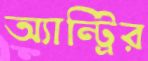
অ্যান্ট্রির